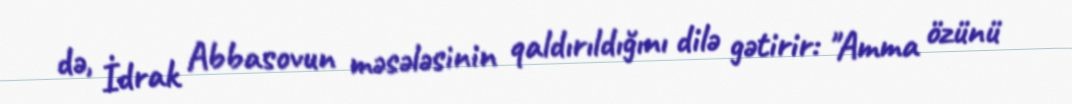
də, İdrak Abbasovun məsələsinin qaldırıldığını dilə gətirir: "Amma özünü